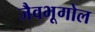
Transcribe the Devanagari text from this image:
जैवभूगोल